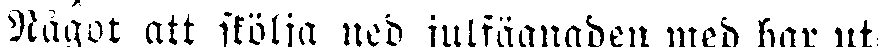
Något att skölja ned julfägnaden med har ut-